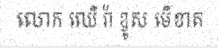
លោក ឈើ រ៉ា ឌូស មើខាត